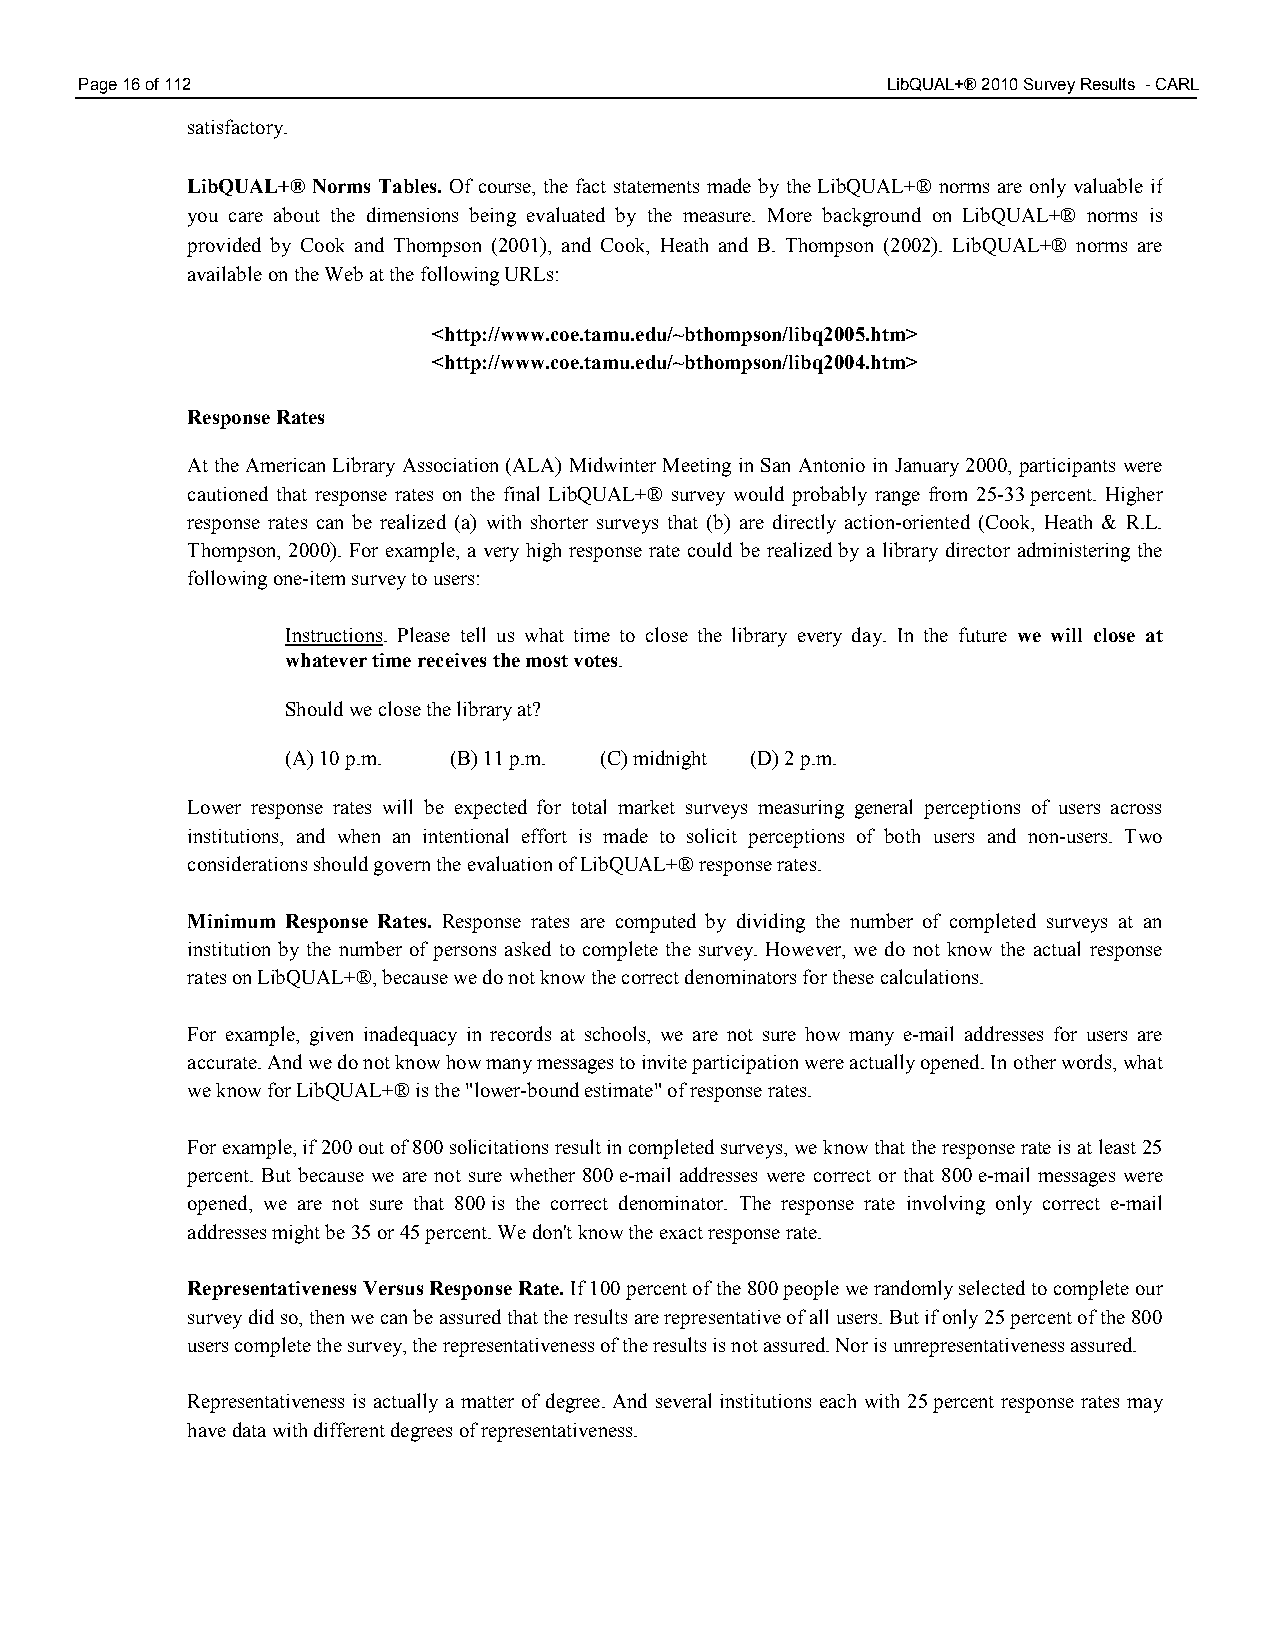
Page 16 of 112                                        LibQUAL+® 2010 Survey Results - CARL
 satisfactory.
 LibQUAL+® Norms Tables. Of course, the fact statements made by the LibQUAL+® norms are only valuable if
 you care about the dimensions being evaluated by the measure. More background on LibQUAL+® norms is
 provided by Cook and Thompson (2001), and Cook, Heath and B. Thompson (2002). LibQUAL+® norms are
 available on the Web at the following URLs:
 <http://www.coe.tamu.edu/~bthompson/libq2005.htm>
 <http://www.coe.tamu.edu/~bthompson/libq2004.htm>
 Response Rates
 At the American Library Association (ALA) Midwinter Meeting in San Antonio in January 2000, participants were
 cautioned that response rates on the final LibQUAL+® survey would probably range from 25-33 percent. Higher
 response rates can be realized (a) with shorter surveys that (b) are directly action-oriented (Cook, Heath & R.L.
 Thompson, 2000). For example, a very high response rate could be realized by a library director administering the
 following one-item survey to users:
 Instructions. Please tell us what time to close the library every day. In the future we will close at
 whatever time receives the most votes.
 Should we close the library at?
 (A) 10 p.m. (B) 11 p.m. (C) midnight (D) 2 p.m.
 Lower response rates will be expected for total market surveys measuring general perceptions of users across
 institutions, and when an intentional effort is made to solicit perceptions of both users and non-users. Two
 considerations should govern the evaluation of LibQUAL+® response rates.
 Minimum Response Rates. Response rates are computed by dividing the number of completed surveys at an
 institution by the number of persons asked to complete the survey. However, we do not know the actual response
 rates on LibQUAL+®, because we do not know the correct denominators for these calculations.
 For example, given inadequacy in records at schools, we are not sure how many e-mail addresses for users are
 accurate. And we do not know how many messages to invite participation were actually opened. In other words, what
 we know for LibQUAL+® is the "lower-bound estimate" of response rates.
 For example, if 200 out of 800 solicitations result in completed surveys, we know that the response rate is at least 25
 percent. But because we are not sure whether 800 e-mail addresses were correct or that 800 e-mail messages were
 opened, we are not sure that 800 is the correct denominator. The response rate involving only correct e-mail
 addresses might be 35 or 45 percent. We don't know the exact response rate.
 Representativeness Versus Response Rate. If 100 percent of the 800 people we randomly selected to complete our
 survey did so, then we can be assured that the results are representative of all users. But if only 25 percent of the 800
 users complete the survey, the representativeness of the results is not assured. Nor is unrepresentativeness assured.
 Representativeness is actually a matter of degree. And several institutions each with 25 percent response rates may
 have data with different degrees of representativeness.